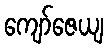
ကျော်ဇေယျ